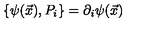
\{ \psi ( \vec { x } ) , P _ { i } \} = \partial _ { i } \psi ( \vec { x } )